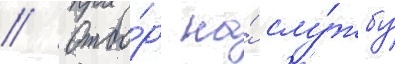
// Отбо́р на́ слу́жбу